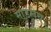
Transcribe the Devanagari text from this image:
मांडलेच